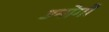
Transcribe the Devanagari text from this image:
उनोगों